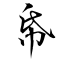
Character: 帋